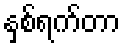
နှစ်ရက်တာ